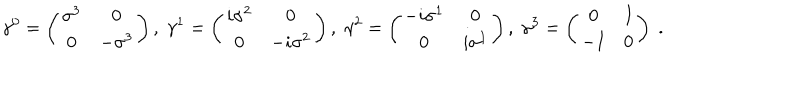
LaTeX: \gamma ^ { 0 } = \left( \begin{array} { c c } { { \sigma ^ { 3 } } } & { { 0 } } \\ { { 0 } } & { { - \sigma ^ { 3 } } } \\ \end{array} \right) , \; \gamma ^ { 1 } = \left( \begin{array} { c c } { { i \sigma ^ { 2 } } } & { { 0 } } \\ { { 0 } } & { { - i \sigma ^ { 2 } } } \\ \end{array} \right) , \; \gamma ^ { 2 } = \left( \begin{array} { c c } { { - i \sigma ^ { 1 } } } & { { 0 } } \\ { { 0 } } & { { i \sigma ^ { 1 } } } \\ \end{array} \right) , \; \gamma ^ { 3 } = \left( \begin{array} { c c } { { 0 } } & { { I } } \\ { { - I } } & { { 0 } } \\ \end{array} \right) \; .